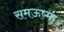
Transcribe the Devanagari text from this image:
समऊष्मा